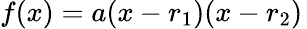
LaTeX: f(x)=a(x-r_{1})(x-r_{2})\,